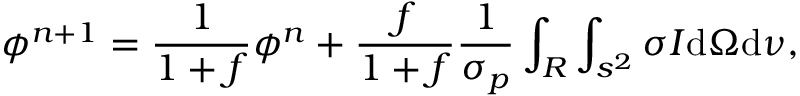
\phi ^ { n + 1 } = \frac { 1 } { 1 + f } \phi ^ { n } + \frac { f } { 1 + f } \frac { 1 } { \sigma _ { p } } \int _ { R } \int _ { s ^ { 2 } } \sigma I \mathrm { d } \Omega \mathrm { d } \nu ,